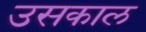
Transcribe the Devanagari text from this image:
उसकाल